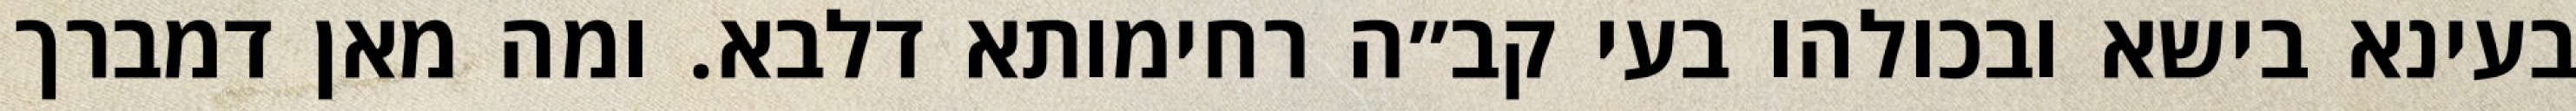
בעינא בישא ובכולהו בעי קב״ה רחימותא דלבא. ומה מאן דמברך